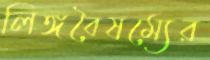
লিঙ্গবৈষম্যের